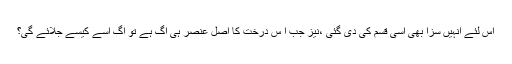
اس لئے انہیں سزا بھی اسی قسم کی دی گئی ،نیز جب ا س درخت کا اصل عُنصر ہی آگ ہے تو آگ اسے کیسے جلائے گی؟